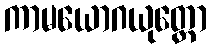
ကာမယောဂယုတ္တော